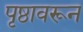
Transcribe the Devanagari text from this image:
पृष्ठावरून